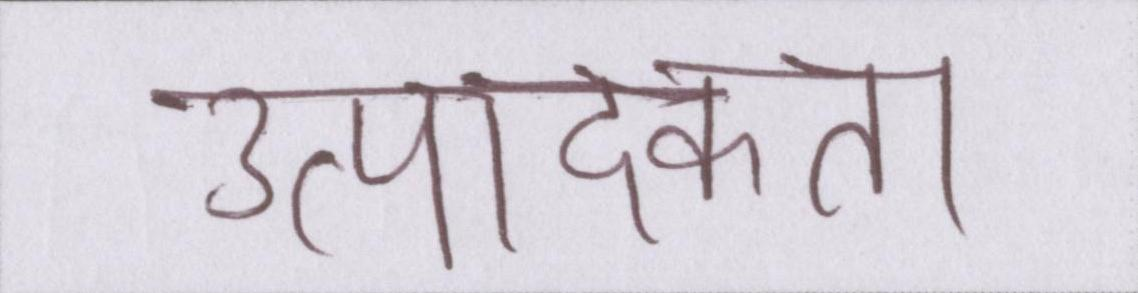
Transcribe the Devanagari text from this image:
उत्पादकता